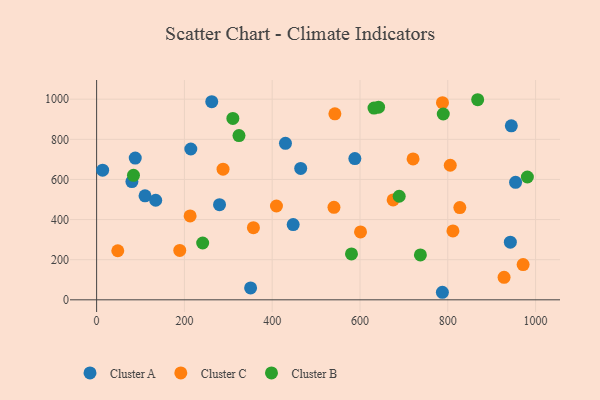
{"axis": {"x": "Engine Size", "y": "Salary"}, "legend": ["Cluster A", "Cluster B", "Cluster C"], "data": [{"x": "464.9", "y": 655.2, "type": "Cluster A"}, {"x": "430.2", "y": 779.9, "type": "Cluster A"}, {"x": "350.8", "y": 59.1, "type": "Cluster A"}, {"x": "954.4", "y": 585.6, "type": "Cluster A"}, {"x": "110.3", "y": 518.5, "type": "Cluster A"}, {"x": "944.7", "y": 867.1, "type": "Cluster A"}, {"x": "787.7", "y": 37.6, "type": "Cluster A"}, {"x": "134.6", "y": 496.4, "type": "Cluster A"}, {"x": "13.7", "y": 646.1, "type": "Cluster A"}, {"x": "280.0", "y": 474.2, "type": "Cluster A"}, {"x": "88.0", "y": 706.7, "type": "Cluster A"}, {"x": "942.5", "y": 287.3, "type": "Cluster A"}, {"x": "588.3", "y": 704.2, "type": "Cluster A"}, {"x": "447.8", "y": 375.1, "type": "Cluster A"}, {"x": "214.6", "y": 751.8, "type": "Cluster A"}, {"x": "80.4", "y": 589.2, "type": "Cluster A"}, {"x": "262.3", "y": 987.7, "type": "Cluster A"}, {"x": "811.7", "y": 343.6, "type": "Cluster C"}, {"x": "288.0", "y": 651.3, "type": "Cluster C"}, {"x": "213.0", "y": 418.1, "type": "Cluster C"}, {"x": "409.7", "y": 467.7, "type": "Cluster C"}, {"x": "601.2", "y": 338.3, "type": "Cluster C"}, {"x": "787.9", "y": 982.6, "type": "Cluster C"}, {"x": "805.6", "y": 670.9, "type": "Cluster C"}, {"x": "720.9", "y": 702.2, "type": "Cluster C"}, {"x": "827.4", "y": 459.8, "type": "Cluster C"}, {"x": "540.7", "y": 461.2, "type": "Cluster C"}, {"x": "928.2", "y": 112.3, "type": "Cluster C"}, {"x": "971.6", "y": 175.7, "type": "Cluster C"}, {"x": "357.2", "y": 359.4, "type": "Cluster C"}, {"x": "675.5", "y": 497.8, "type": "Cluster C"}, {"x": "542.8", "y": 926.9, "type": "Cluster C"}, {"x": "48.2", "y": 244.5, "type": "Cluster C"}, {"x": "189.4", "y": 246.2, "type": "Cluster C"}, {"x": "689.3", "y": 516.2, "type": "Cluster B"}, {"x": "310.4", "y": 904.1, "type": "Cluster B"}, {"x": "642.3", "y": 960.2, "type": "Cluster B"}, {"x": "789.7", "y": 926.3, "type": "Cluster B"}, {"x": "241.6", "y": 283.3, "type": "Cluster B"}, {"x": "324.3", "y": 818.7, "type": "Cluster B"}, {"x": "580.6", "y": 228.7, "type": "Cluster B"}, {"x": "84.0", "y": 620.4, "type": "Cluster B"}, {"x": "631.9", "y": 955.9, "type": "Cluster B"}, {"x": "737.6", "y": 223.7, "type": "Cluster B"}, {"x": "868.1", "y": 997.4, "type": "Cluster B"}, {"x": "981.3", "y": 612.2, "type": "Cluster B"}]}